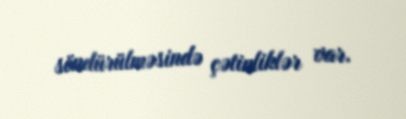
söndürülməsində çətinliklər var.